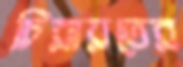
চিরায়তের